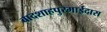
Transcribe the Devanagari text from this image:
बादशाहपुरमाईदास